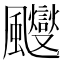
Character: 𱃑